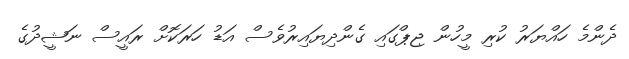
ދެންމެ ހައްޔަރު ކުރި މީހުން ޖިޕްގައި ގެންދިޔައިރުވެސް އަޑު ހަރަކޮށް ރައީސް ނަޝީދުގެ